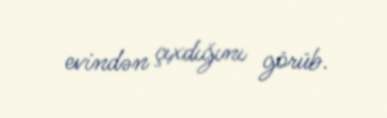
evindən çıxdığını görüb.